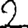
Digit: 2